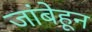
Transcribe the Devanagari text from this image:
जांबेहून